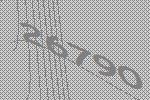
26790